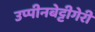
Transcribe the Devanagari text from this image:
उप्पीनबेट्टीगेरी